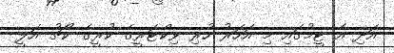
އަދި އެ ޓީމުގައި މި އަހަރު ހުރި ވިކްޓަރީގެ ކުރީގެ ކޯޗު އަލީ